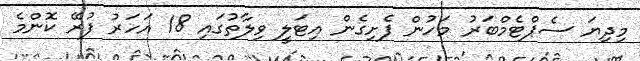
މިދިޔަ ސެޕްޓެމްބަރު މަހުން ފެށިގެން އިޓަލީ ވިލާތުގައި 18 އަހަރު ފުރޭ ކޮންމެ